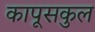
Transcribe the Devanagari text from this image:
कापूसकुल